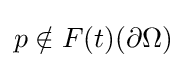
p\notin F(t)(\partial \Omega )